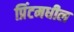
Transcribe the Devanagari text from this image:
प्रिंटमधील